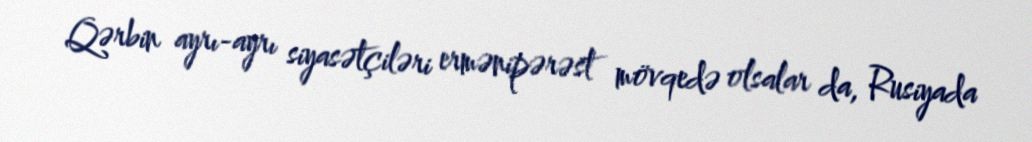
Qərbin ayrı-ayrı siyasətçiləri ermənipərəst mövqedə olsalar da, Rusiyada